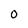
Character: 0